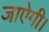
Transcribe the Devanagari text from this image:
जाऐगी।